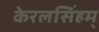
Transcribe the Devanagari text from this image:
केरलसिंहम्